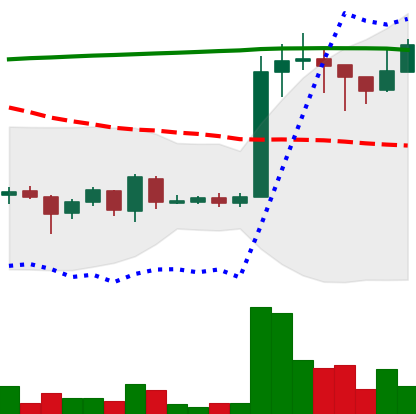
Ticker: EOS-USD
Chart end date: 2018-04-18
Forward return: 28.514%
Label: up_7plus